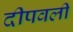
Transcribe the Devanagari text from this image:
दीपवली